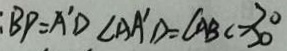
B P = A ^ { \prime } D \angle A A ^ { \prime } D = \angle A B C = 3 0 ^ { \circ }